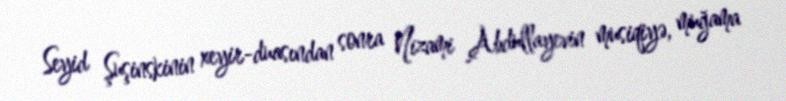
Seyid Şuşinskinin xeyir-duasından sonra Nizami Abdullayevin musiqiyə, muğama